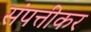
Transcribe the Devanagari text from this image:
संपत्तीकर